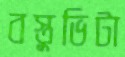
বস্তুভিটা